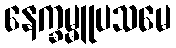
နေက္ခမ္မူပသမေ